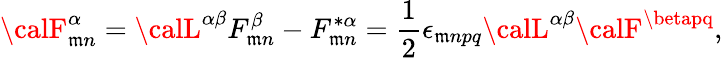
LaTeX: {\calF}_{\mathfrak{m}n}^{\alpha}={\calL}^{\alpha\beta}F_{\mathfrak{m}n}^{\beta}-F_{\mathfrak{m}n}^{*\alpha}={\frac{{1}}{{2}}}\epsilon_{\mathfrak{m}npq}{\calL}^{\alpha\beta}{\calF}^{\betapq},